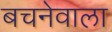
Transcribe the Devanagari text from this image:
बचनेवाला